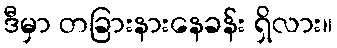
ဒီမှာ တခြားနားနေခန်း ရှိလား။